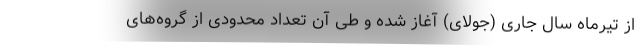
از تیرماه سال جاری (جولای) آغاز شده و طی آن تعداد محدودی از گروه‌های